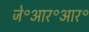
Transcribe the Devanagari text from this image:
जे॰आर॰आर॰